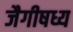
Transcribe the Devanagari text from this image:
जैगीषध्य